Report of the veterinary officer investigating camel disease
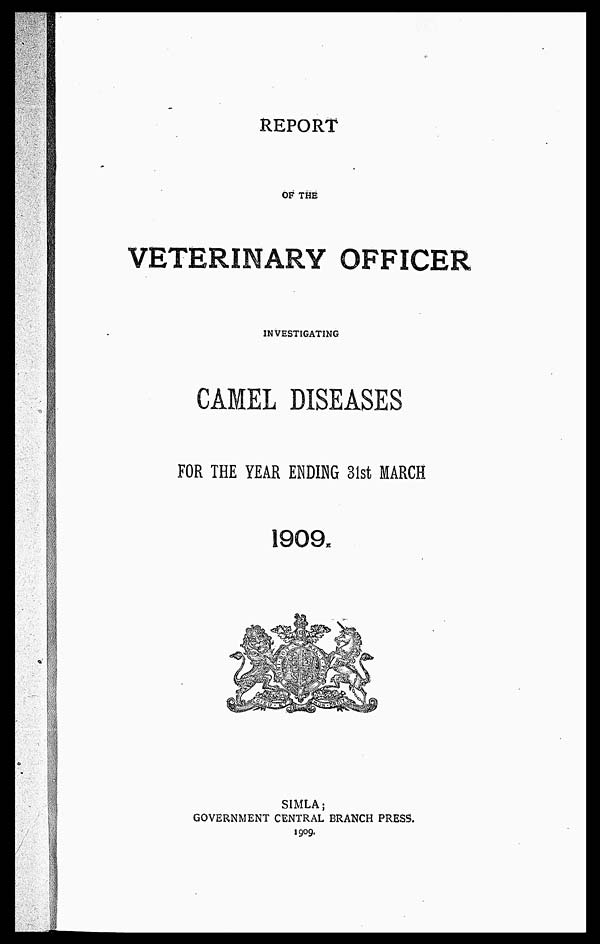
REPORT
OF THE
VETERINARY OFFICER
INVESTIGATING
CAMEL DISEASES
FOR THE YEAR ENDING 31st MARCH
1909.
SIMLA;
GOVERNMENT CENTRAL BRANCH PRESS.
1909.